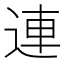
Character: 連